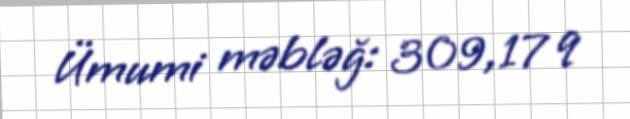
Ümumi məbləğ: 309,17 q